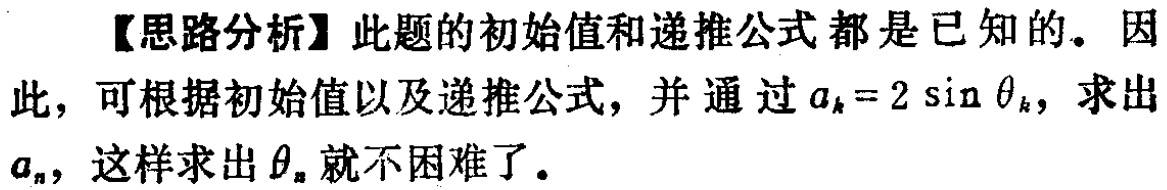
【思路分析】此题的初始值和递推公式都是已知的。因此，可根据初始值以及递推公式，并通过\(a_{k}=2\sin\theta_{k}\)，求出\(a_{n}\)，这样求出\(\theta_{n}\)就不困难了。